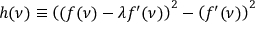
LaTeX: h ( \nu ) \equiv \left( ( f ( \nu ) - \lambda f ^ { \prime } ( \nu ) \right) ^ { 2 } - \left( f ^ { \prime } ( \nu ) \right) ^ { 2 }